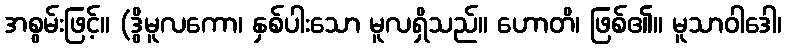
အစွမ်းဖြင့်။ (ဒွိမူလကော၊ နှစ်ပါးသော မူလရှိသည်။ ဟောတိ၊ ဖြစ်၏။ မူသာဝါဒေါ၊